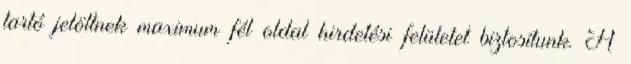
tartó jelöltnek maximum fél oldal hirdetési felületet biztosítunk. A